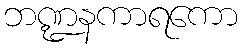
ဘဏ္ဍနကာရကော